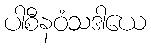
ပါစီနဝံသဒါယေ